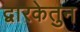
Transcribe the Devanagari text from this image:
द्वारकेतुन